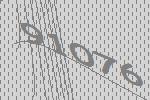
91076